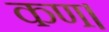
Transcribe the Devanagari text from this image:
कण।